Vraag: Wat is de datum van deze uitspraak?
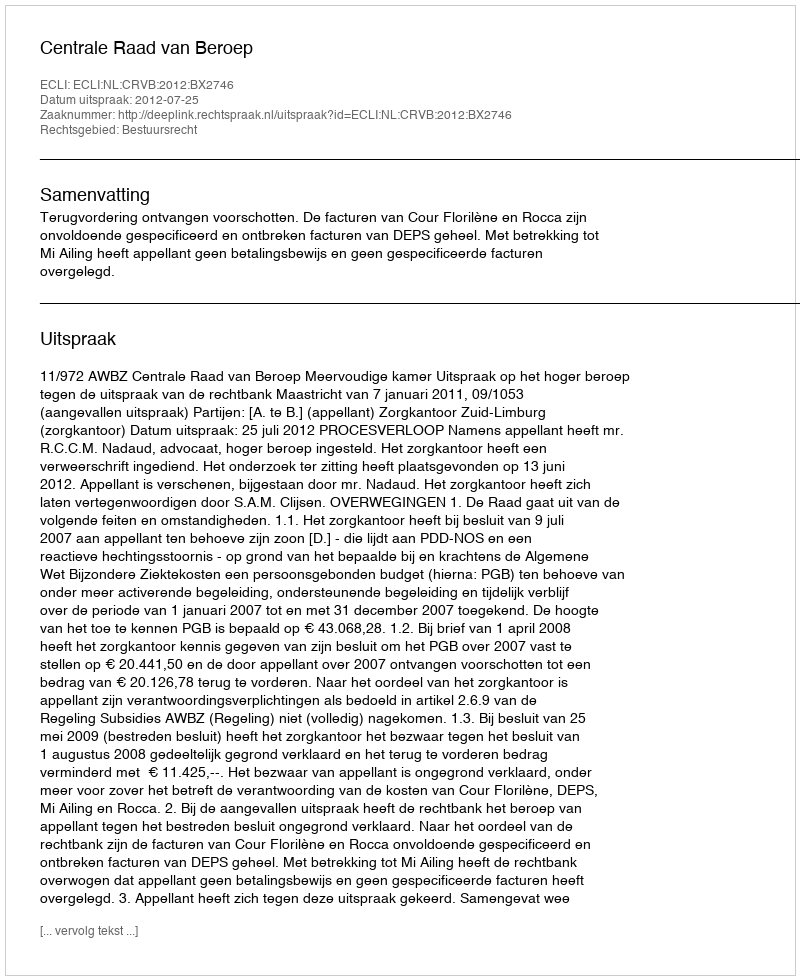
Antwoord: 2012-07-25